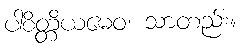
ပါစိတ္တိယမေဝ၊ သာတည်း။